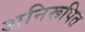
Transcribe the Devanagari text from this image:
अनिरूपित